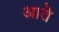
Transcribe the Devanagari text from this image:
आतॆ